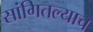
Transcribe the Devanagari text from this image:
सांगितल्याच